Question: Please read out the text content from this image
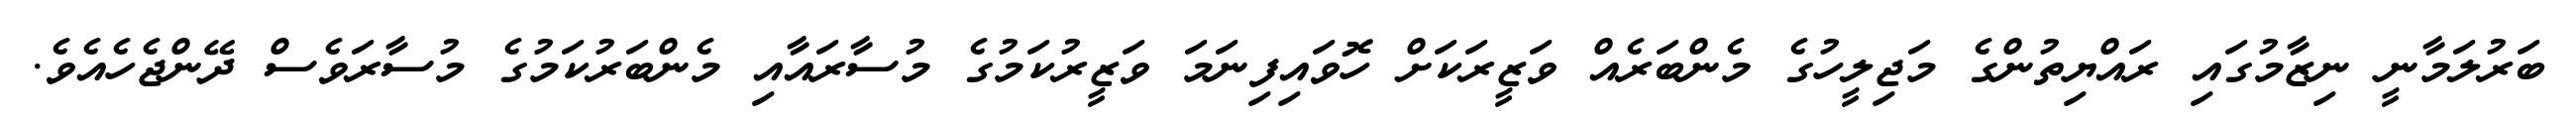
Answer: ބަރުލަމާނީ ނިޒާމުގައި ރައްޔިތުންގެ މަޖިލީހުގެ މެންބަރެއް ވަޒީރަކަށް ހޮވައިފިނަމަ ވަޒީރުކަމުގެ މުސާރައާއި މެންބަރުކަމުގެ މުސާރަވެސް ދޭންޖެހެއެވެ.